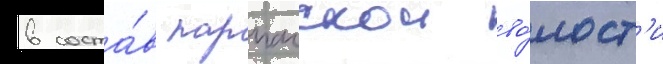
в соста́в парпачскои во́лост'и